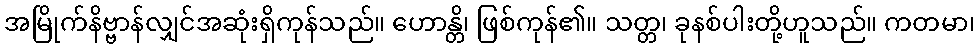
အမြိုက်နိဗ္ဗာန်လျှင်အဆုံးရှိကုန်သည်။ ဟောန္တိ၊ ဖြစ်ကုန်၏။ သတ္တ၊ ခုနစ်ပါးတို့ဟူသည်။ ကတမာ၊